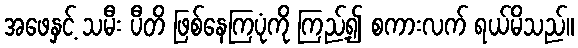
အဖေနှင့် သမီး ပီတိ ဖြစ်နေကြပုံကို ကြည့်၍ စကားလက် ရယ်မိသည်။